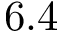
6 . 4